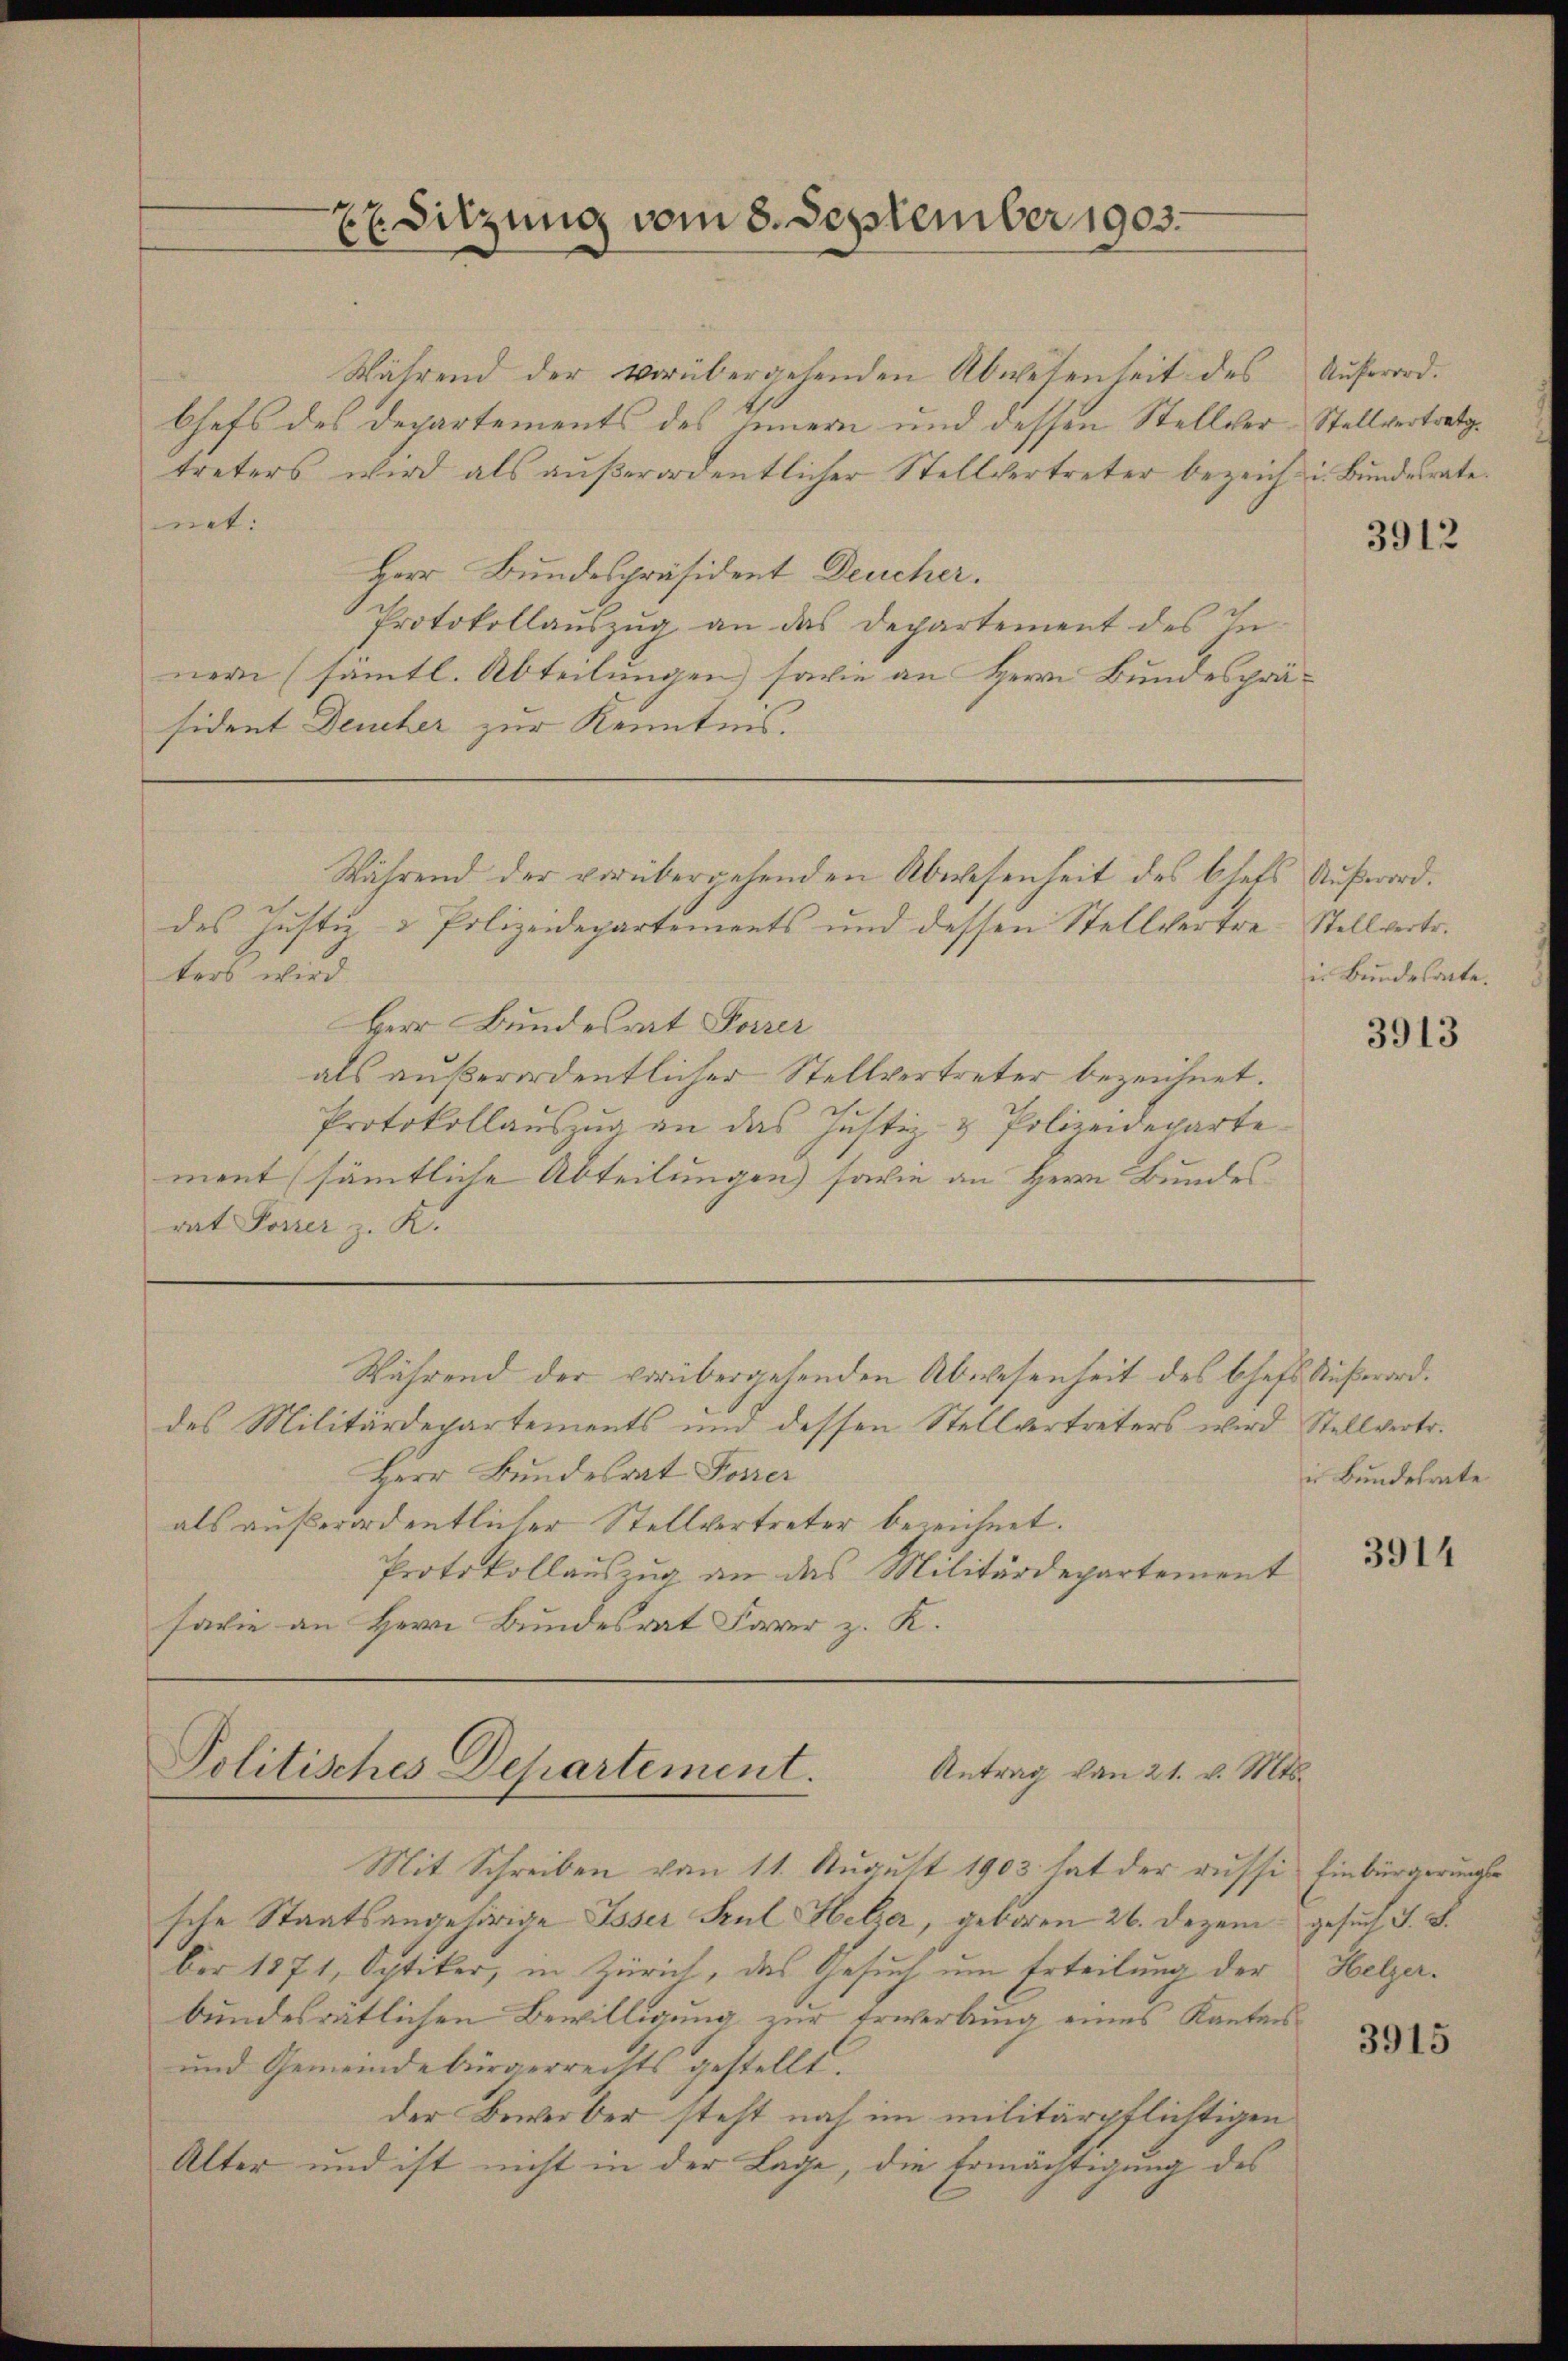
Sitzung vom 8. September 1903.
E

Während der vorübergehenden Abwesenheit des
Chefs des Departements des Innern und dessen Stellver-Stellvertretigtreters wird als außerordentlicher Stellvertreter bezeich u. Bundesrate.
net:
Herr Bundespräsident Deucher.
Protokollauszug an das Departement des Inner (sämtl. Abteilungen, sowie an Herrn Bundespräsident Deucher zur Kenntnis.
Während der vorübergehenden Abwesenheit des Chals Aufworddes Justiz- & Polizeidepartements und dessen Stellvertre-Stellvertr.
ters wird.
Herr Bundesrat Forrer
als außerordentlicher Stellvertreter bezeichnet.
Protokollauszug an das Justiz- & Polizeideparte
ment (sämmtliche Abteilungen) sowie an Herrn Bundesrat Forrer z. K.
Während der vorübergehenden Abwesenheit des Chefs Außerorddes Militärdepartements und dessen Stellvertreters wird Stellvertr.
Herr Bundesrat Forrer
als außerordentlicher Stellvertreter bezeichnet.
Protokollauszug an das Militärdepartement
facie an Herr Bundesrat Farer z. K.

Antrag von 21. v. Mts.
Politisches Departement.

Mit Schreiben von 11. August 1903 hat der russi Einbürgerungssche Staatsangehörige Isser Sul Helzer, geboren 26. Dezem gesuch J. S.
ber 1871, Optiker, in Zürich, das Gesuch um Erteilung der Helzerbundesrätlichen Bewilligung zur Erwerbung eines Kantons¬
und Gemeindebürgerrechts gestellt.
der Bewerber steht noch im militärpflichtigen
Alter und ist nicht in der Lage, die Ermächtigung des

Außerord.

3912

in Bundesacte.

3913

in Bundesrate

3914

3915